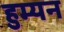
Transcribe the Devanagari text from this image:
हुम्यन